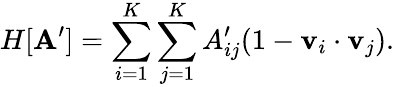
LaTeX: H[\mathbf{A}^{\prime}]=\sum_{i=1}^{K}\sum_{j=1}^{K}A_{ij}^{\prime}(1-\mathbf{v}_{i}\cdot\mathbf{v}_{j}).